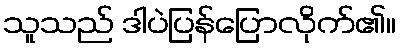
သူသည် ဒါပဲပြန်ပြောလိုက်၏။